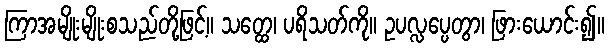
ကြာအမျိုးမျိုးစသည်တို့ဖြင့်။ သတ္ထေ၊ ပရိသတ်ကို။ ဥပလ္လပ္ပေတွာ၊ ဖြားယောင်း၍။